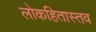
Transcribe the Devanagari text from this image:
लोकहितास्तव